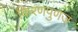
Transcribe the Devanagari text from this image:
किरणपुणज